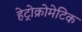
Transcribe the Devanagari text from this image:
हेट्रोक्रोमेटिक